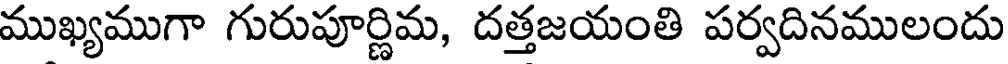
ముఖ్యముగా గురుపూర్ణిమ, దత్తజయంతి పర్వదినములందు